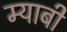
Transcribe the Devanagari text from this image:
म्याबी